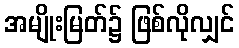
အမျိုးမြတ်၌ ဖြစ်လိုလျှင်